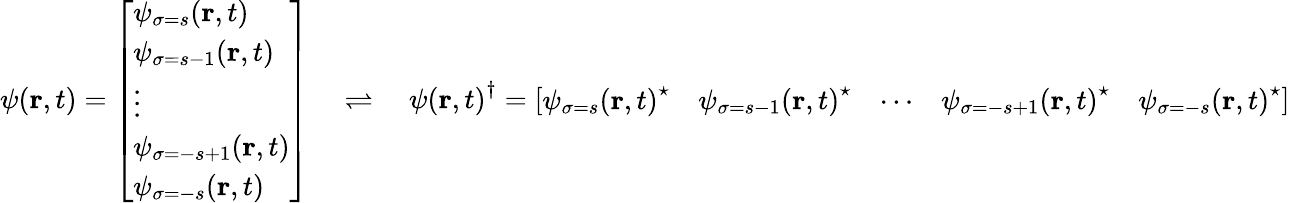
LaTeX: \psi(\mathbf{r},t)={\left[\begin{array}{l}{\psi_{\sigma=s}(\mathbf{r},t)}\\ {\psi_{\sigma=s-1}(\mathbf{r},t)}\\ {\vdots}\\ {\psi_{\sigma=-s+1}(\mathbf{r},t)}\\ {\psi_{\sigma=-s}(\mathbf{r},t)}\end{array}\right]}\quad\rightleftharpoons\quad{\psi(\mathbf{r},t)}^{\dagger}={\left[\begin{array}{lllll}{{\psi_{\sigma=s}(\mathbf{r},t)}^{\star}}&{{\psi_{\sigma=s-1}(\mathbf{r},t)}^{\star}}&{\cdots}&{{\psi_{\sigma=-s+1}(\mathbf{r},t)}^{\star}}&{{\psi_{\sigma=-s}(\mathbf{r},t)}^{\star}}\end{array}\right]}